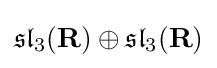
{\mathfrak {sl}}_{3}(\mathbf {R} )\oplus {\mathfrak {sl}}_{3}(\mathbf {R} )